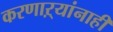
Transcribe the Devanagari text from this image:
करणाऱ्यांनाही